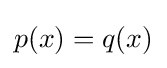
p(x)=q(x)